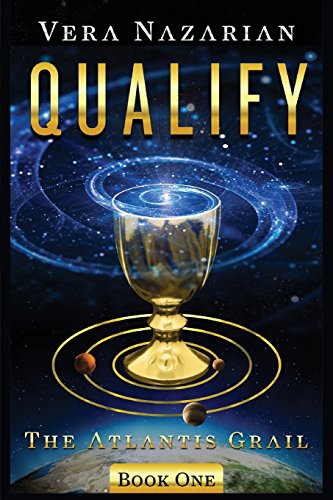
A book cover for Qualify; Vera Nazarian; Romance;